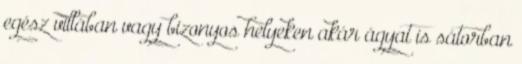
egész villában vagy bizonyos helyeken akár ágyat is sátorban